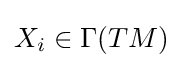
X_{i}\in \Gamma (TM)